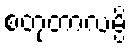
စတုတာလမ္ပိ